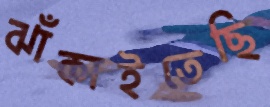
ঝাঁকাইতেছি